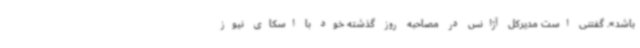
باشد». گفتنی است مدیرکل آژانس در مصاحبه روز گذشته خود با اسکای نیوز